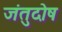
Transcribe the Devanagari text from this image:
जंतुदोष